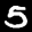
Label: 5